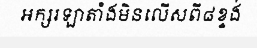
អក្សរឡាតាំងមិនលើសពី៨ខ្ទង់